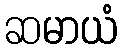
ဆမာယံ